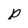
Character: p